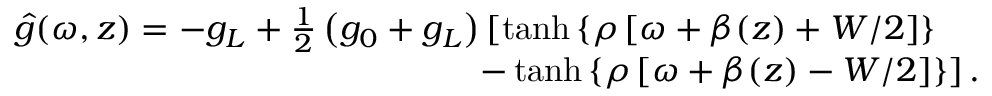
\begin{array} { r l r } & { } & { \hat { g } ( \omega , z ) = - g _ { L } + \frac { 1 } { 2 } \left( g _ { 0 } + g _ { L } \right) \left[ \operatorname { t a n h } \left\lbrace \rho \left[ \omega + \beta ( z ) + W / 2 \right] \right\rbrace \right. } \\ & { } & { \left. - \operatorname { t a n h } \left\lbrace \rho \left[ \omega + \beta ( z ) - W / 2 \right] \right\rbrace \right] . \! \! \! \! \! \! \! } \end{array}